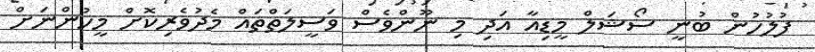
ފުލުހުން ބުނީ ސޯޝަލް މީޑިއާ އަދި މި ނޫންވެސް ވަސީލަތްތައް މެދުވެރިކޮށް މީހުންނަށް